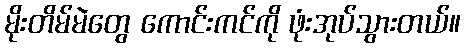
မိုးတိမ်မဲတွေ ကောင်းကင်ကို ဖုံးအုပ်သွားတယ်။